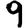
Digit: 9